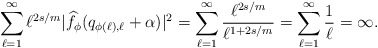
\begin{align*}\sum_{\ell=1}^{\infty}\ell^{2s/m}|{\widehat f}_{\phi}(q_{\phi(\ell),\ell}+\alpha)|^2=\sum_{\ell=1}^{\infty}\frac{\ell^{2s/m}}{\ell^{1+2s/m}}=\sum_{\ell=1}^{\infty}\frac{1}{\ell}=\infty.\end{align*}